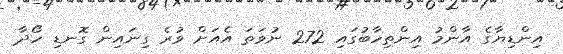
އިންޑިޔާގެ އާންމު އިންތިހާބުގައި 272 ނުވަތަ އެއަށް ވުރެ ގިނައިން ގޮނޑި ހޯދާ